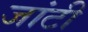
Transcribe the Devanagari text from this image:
जांटी